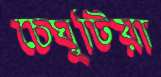
চেঘুটিয়া